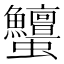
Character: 𧖞